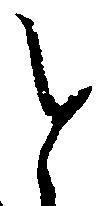
と